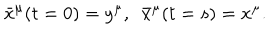
\bar { x } ^ { \mu } ( t = 0 ) = y ^ { \mu } , \, \, \, \bar { x } ^ { \mu } ( t = s ) = x ^ { \mu } .